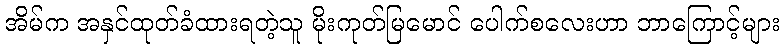
အိမ်က အနှင်ထုတ်ခံထားရတဲ့သူ မိုးကုတ်မြမောင် ပေါက်စလေးဟာ ဘာကြောင့်များ